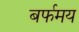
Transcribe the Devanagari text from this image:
बर्फमय